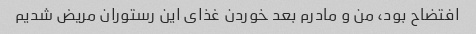
افتضاح بود، من و مادرم بعد خوردن غذای این رستوران مریض شدیم